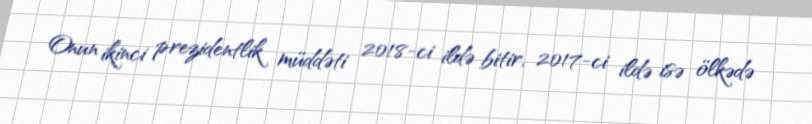
Onun ikinci prezidentlik müddəti 2018-ci ildə bitir, 2017-ci ildə isə ölkədə